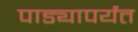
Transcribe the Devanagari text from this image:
पाड्यापर्यंत